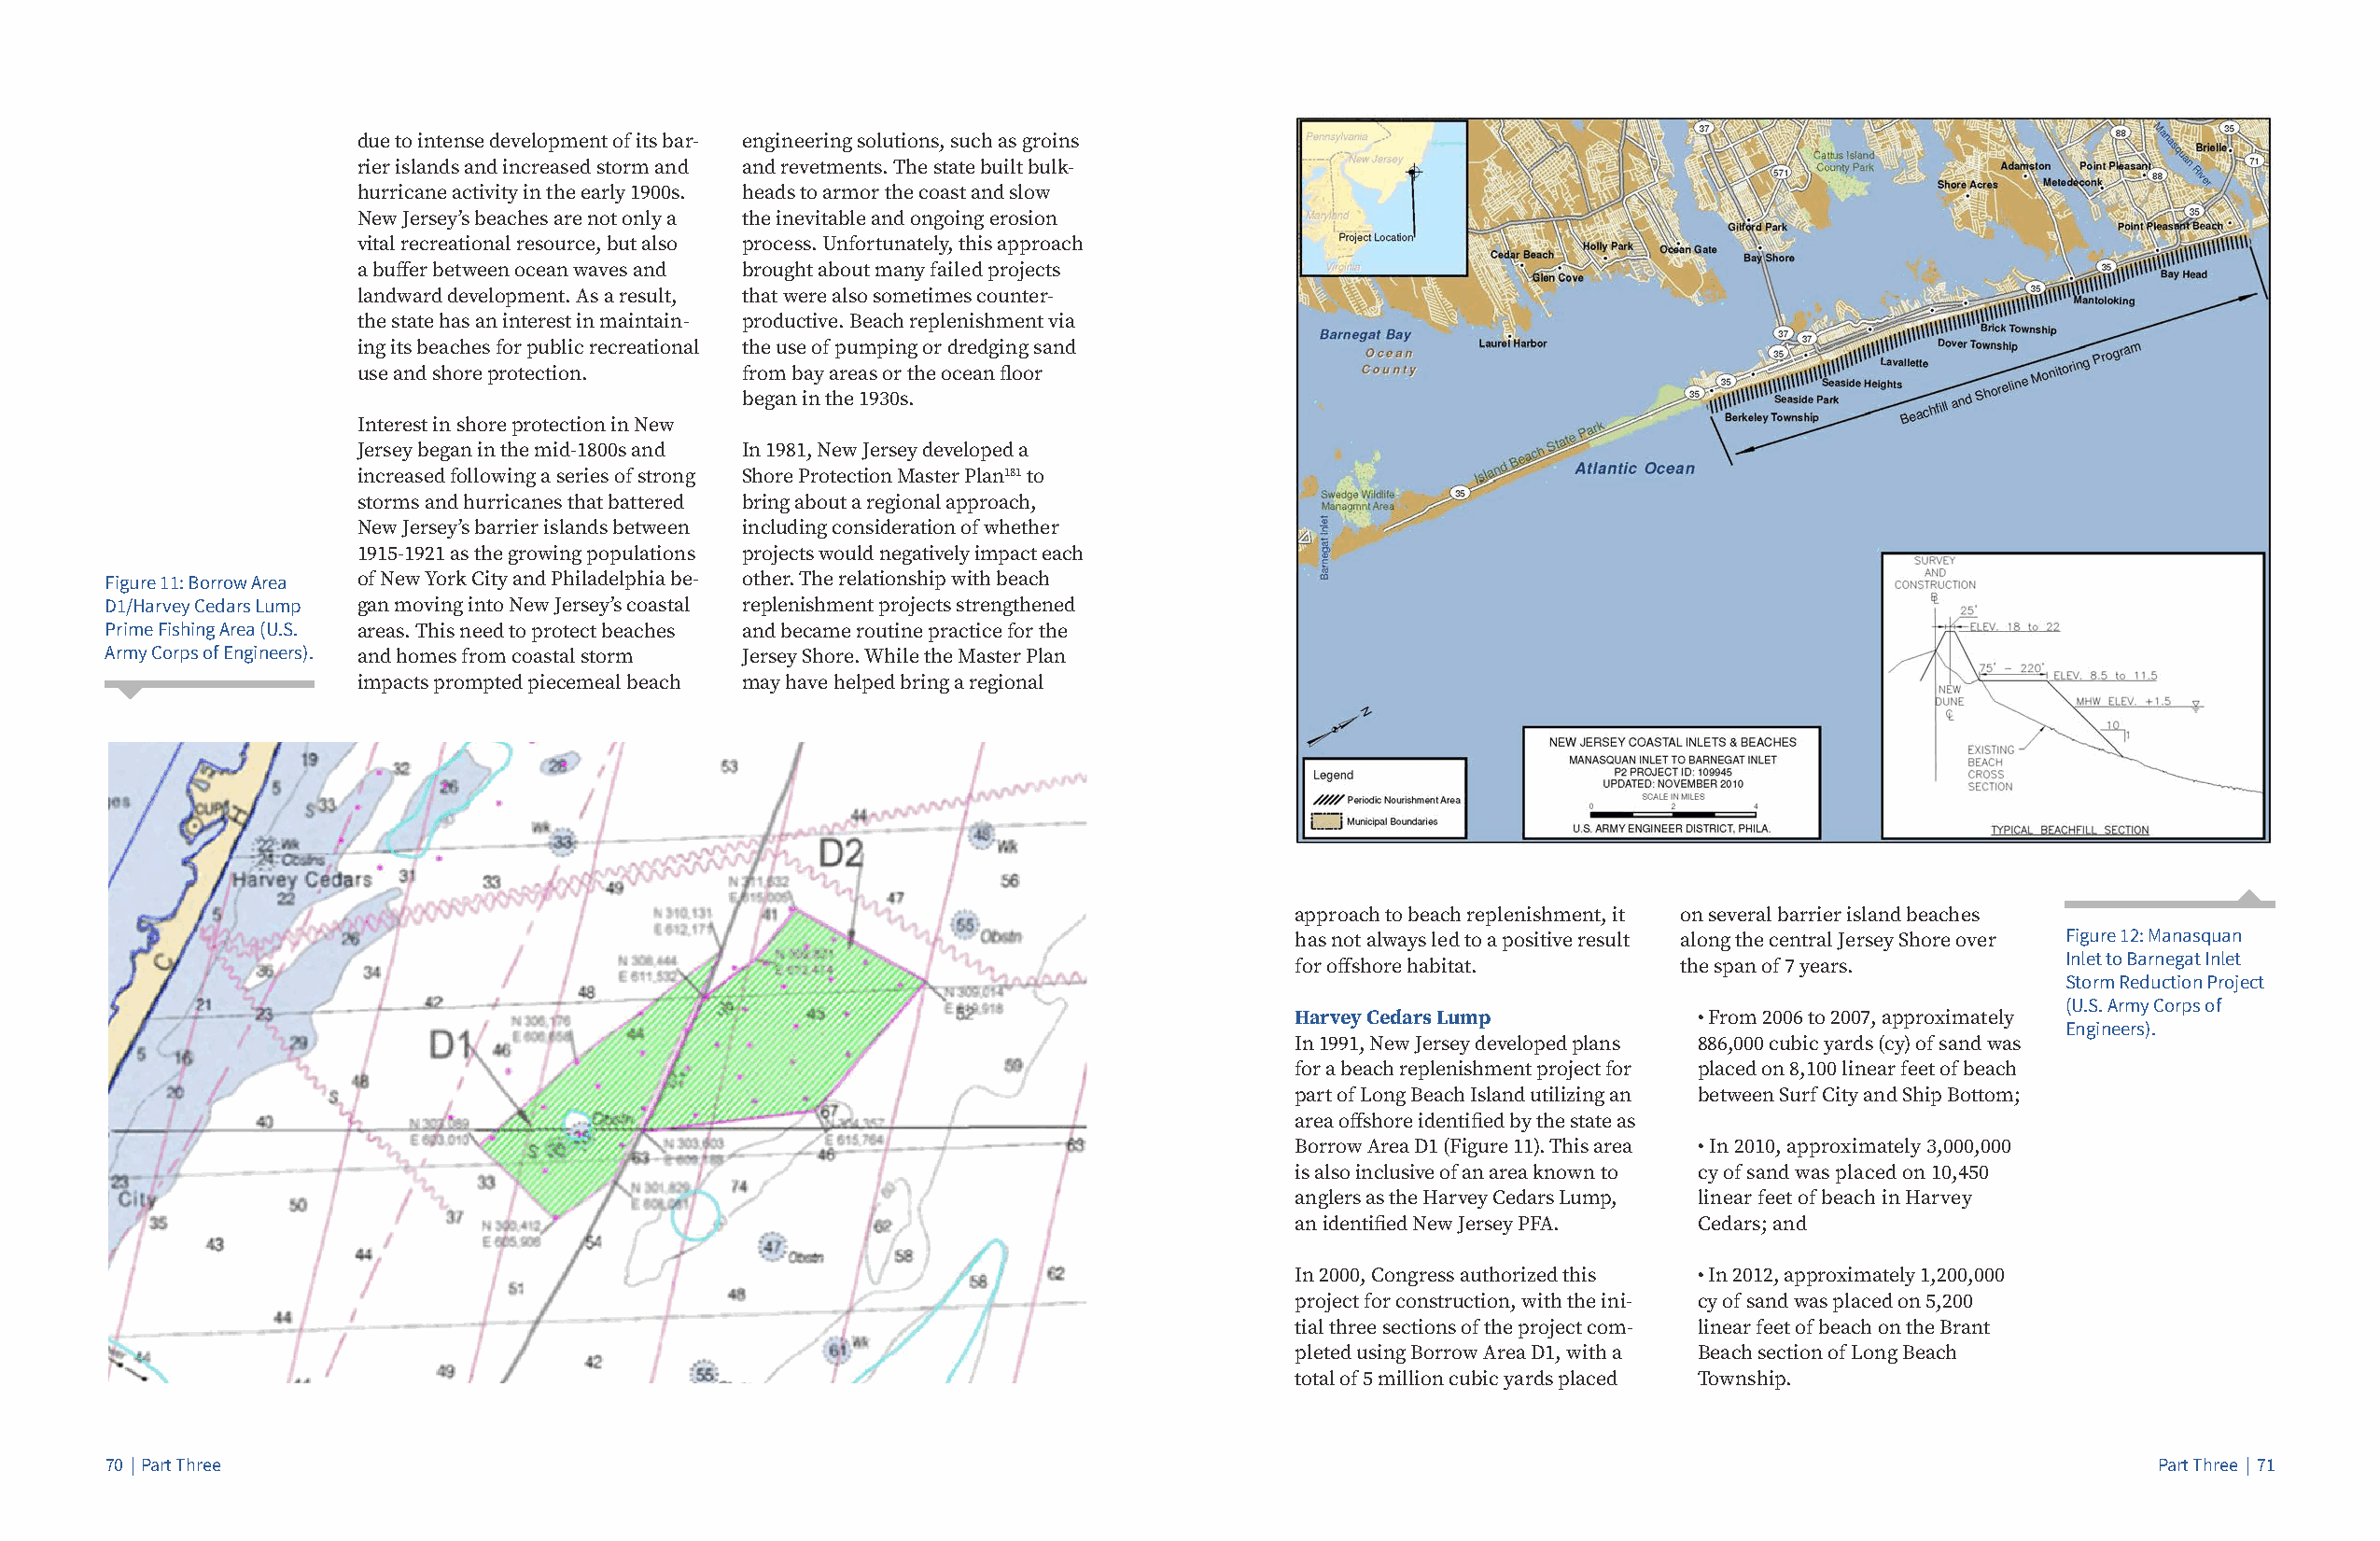
due to intense development of its bar- engineering solutions, such as groins
 rier islands and increased storm and and revetments. The state built bulk-
 hurricane activity in the early 1900s. heads to armor the coast and slow
 New Jersey’s beaches are not only a the inevitable and ongoing erosion
 vital recreational resource, but also process. Unfortunately, this approach
 a buffer between ocean waves and brought about many failed projects
 landward development. As a result, that were also sometimes counter-
 the state has an interest in maintain- productive. Beach replenishment via
 ing its beaches for public recreational the use of pumping or dredging sand
 use and shore protection.   from bay areas or the ocean floor
 began in the 1930s.
 Interest in shore protection in New
 Jersey began in the mid-1800s and In 1981, New Jersey developed a
 increased following a series of strong Shore Protection Master Plan181 to
 storms and hurricanes that battered bring about a regional approach,
 New Jersey’s barrier islands between including consideration of whether
 1915-1921 as the growing populations projects would negatively impact each
 Figure 11: Borrow Area of New York City and Philadelphia be- other. The relationship with beach
 D1/Harvey Cedars Lump gan moving into New Jersey’s coastal replenishment projects strengthened
 Prime Fishing Area (U.S. areas. This need to protect beaches and became routine practice for the
 Army Corps of Engineers). and homes from coastal storm Jersey Shore. While the Master Plan
 impacts prompted piecemeal beach may have helped bring a regional
 approach to beach replenishment, it on several barrier island beaches
 has not always led to a positive result along the central Jersey Shore over Figure 12: Manasquan
 Inlet to Barnegat Inlet
 for offshore habitat.      the span of 7 years.
 Storm Reduction Project
 (U.S. Army Corps of
 Harvey Cedars Lump          • From 2006 to 2007, approximately
 Engineers).
 In 1991, New Jersey developed plans 886,000 cubic yards (cy) of sand was
 for a beach replenishment project for placed on 8,100 linear feet of beach
 part of Long Beach Island utilizing an between Surf City and Ship Bottom;
 area offshore identified by the state as
 Borrow Area D1 (Figure 11). This area • In 2010, approximately 3,000,000
 is also inclusive of an area known to cy of sand was placed on 10,450
 anglers as the Harvey Cedars Lump, linear feet of beach in Harvey
 an identified New Jersey PFA. Cedars; and
 In 2000, Congress authorized this • In 2012, approximately 1,200,000
 project for construction, with the ini- cy of sand was placed on 5,200
 tial three sections of the project com- linear feet of beach on the Brant
 pleted using Borrow Area D1, with a Beach section of Long Beach
 total of 5 million cubic yards placed Township.
 70 | Part Three                                                                                                                                   Part Three | 71